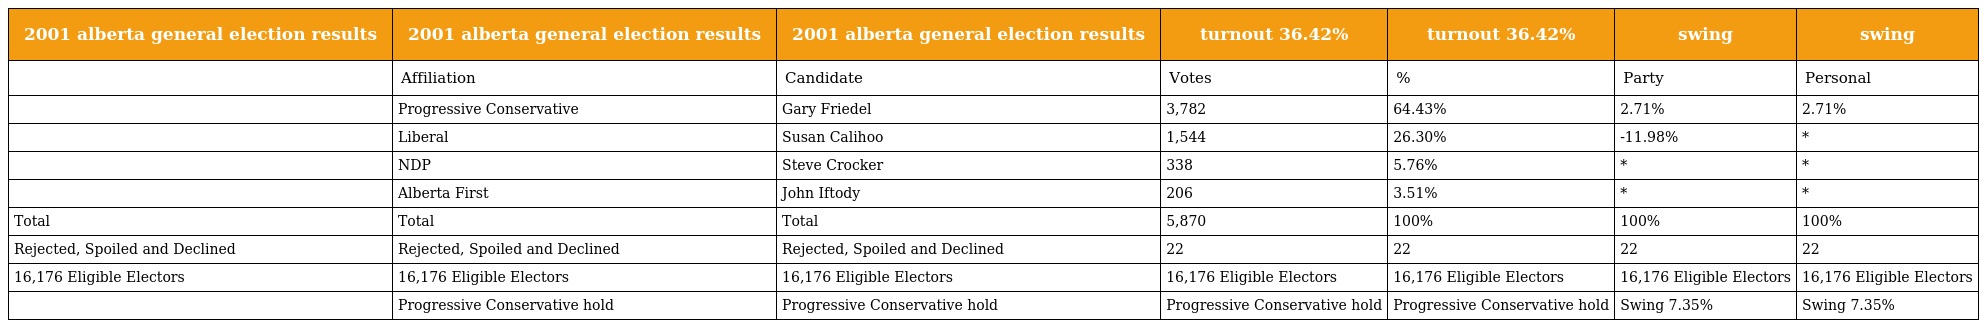
| 2001 alberta general election results | 2001 alberta general election results | 2001 alberta general election results | turnout 36.42% | turnout 36.42% | swing | swing |
 | --- | --- | --- | --- | --- | --- | --- |
 |  | Affiliation | Candidate | Votes | % | Party | Personal |
 |  | Progressive Conservative | Gary Friedel | 3,782 | 64.43% | 2.71% | 2.71% |
 |  | Liberal | Susan Calihoo | 1,544 | 26.30% | -11.98% | * |
 |  | NDP | Steve Crocker | 338 | 5.76% | * | * |
 |  | Alberta First | John Iftody | 206 | 3.51% | * | * |
 | Total | Total | Total | 5,870 | 100% | 100% | 100% |
 | Rejected, Spoiled and Declined | Rejected, Spoiled and Declined | Rejected, Spoiled and Declined | 22 | 22 | 22 | 22 |
 | 16,176 Eligible Electors | 16,176 Eligible Electors | 16,176 Eligible Electors | 16,176 Eligible Electors | 16,176 Eligible Electors | 16,176 Eligible Electors | 16,176 Eligible Electors |
 |  | Progressive Conservative hold | Progressive Conservative hold | Progressive Conservative hold | Progressive Conservative hold | Swing 7.35% | Swing 7.35% |